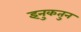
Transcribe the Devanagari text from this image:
इनुकतुन